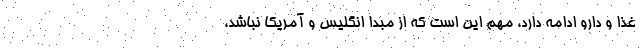
غذا و دارو ادامه دارد، مهم این است که از مبدا انگلیس و آمریکا نباشد،